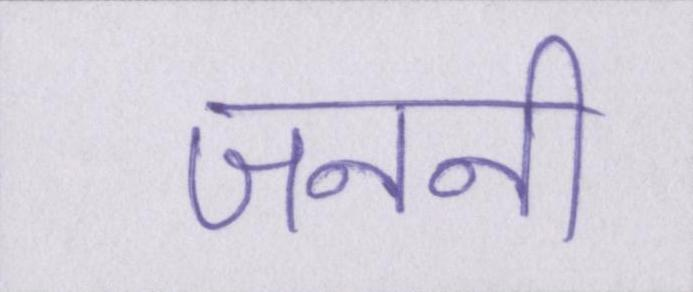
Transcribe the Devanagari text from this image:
जननी